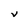
Character: V